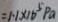
= 1 . 1 \times 1 6 ^ { 5 } P a